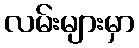
လမ်းများမှာ